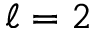
\ell = 2